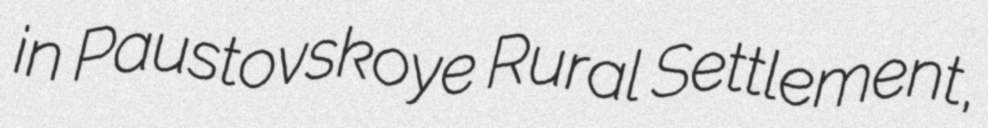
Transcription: in Paustovskoye Rural Settlement,